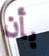
بأن